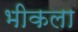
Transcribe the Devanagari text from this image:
भीकला